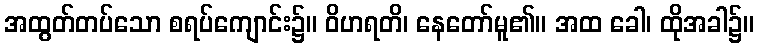
အထွတ်တပ်သော စရပ်ကျောင်း၌။ ဝိဟရတိ၊ နေတော်မူ၏။ အထ ခေါ၊ ထိုအခါ၌။